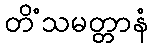
တိံသမတ္တာနံ